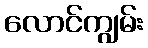
လောင်ကျွမ်း